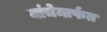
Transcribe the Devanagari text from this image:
यांचेमार्फत